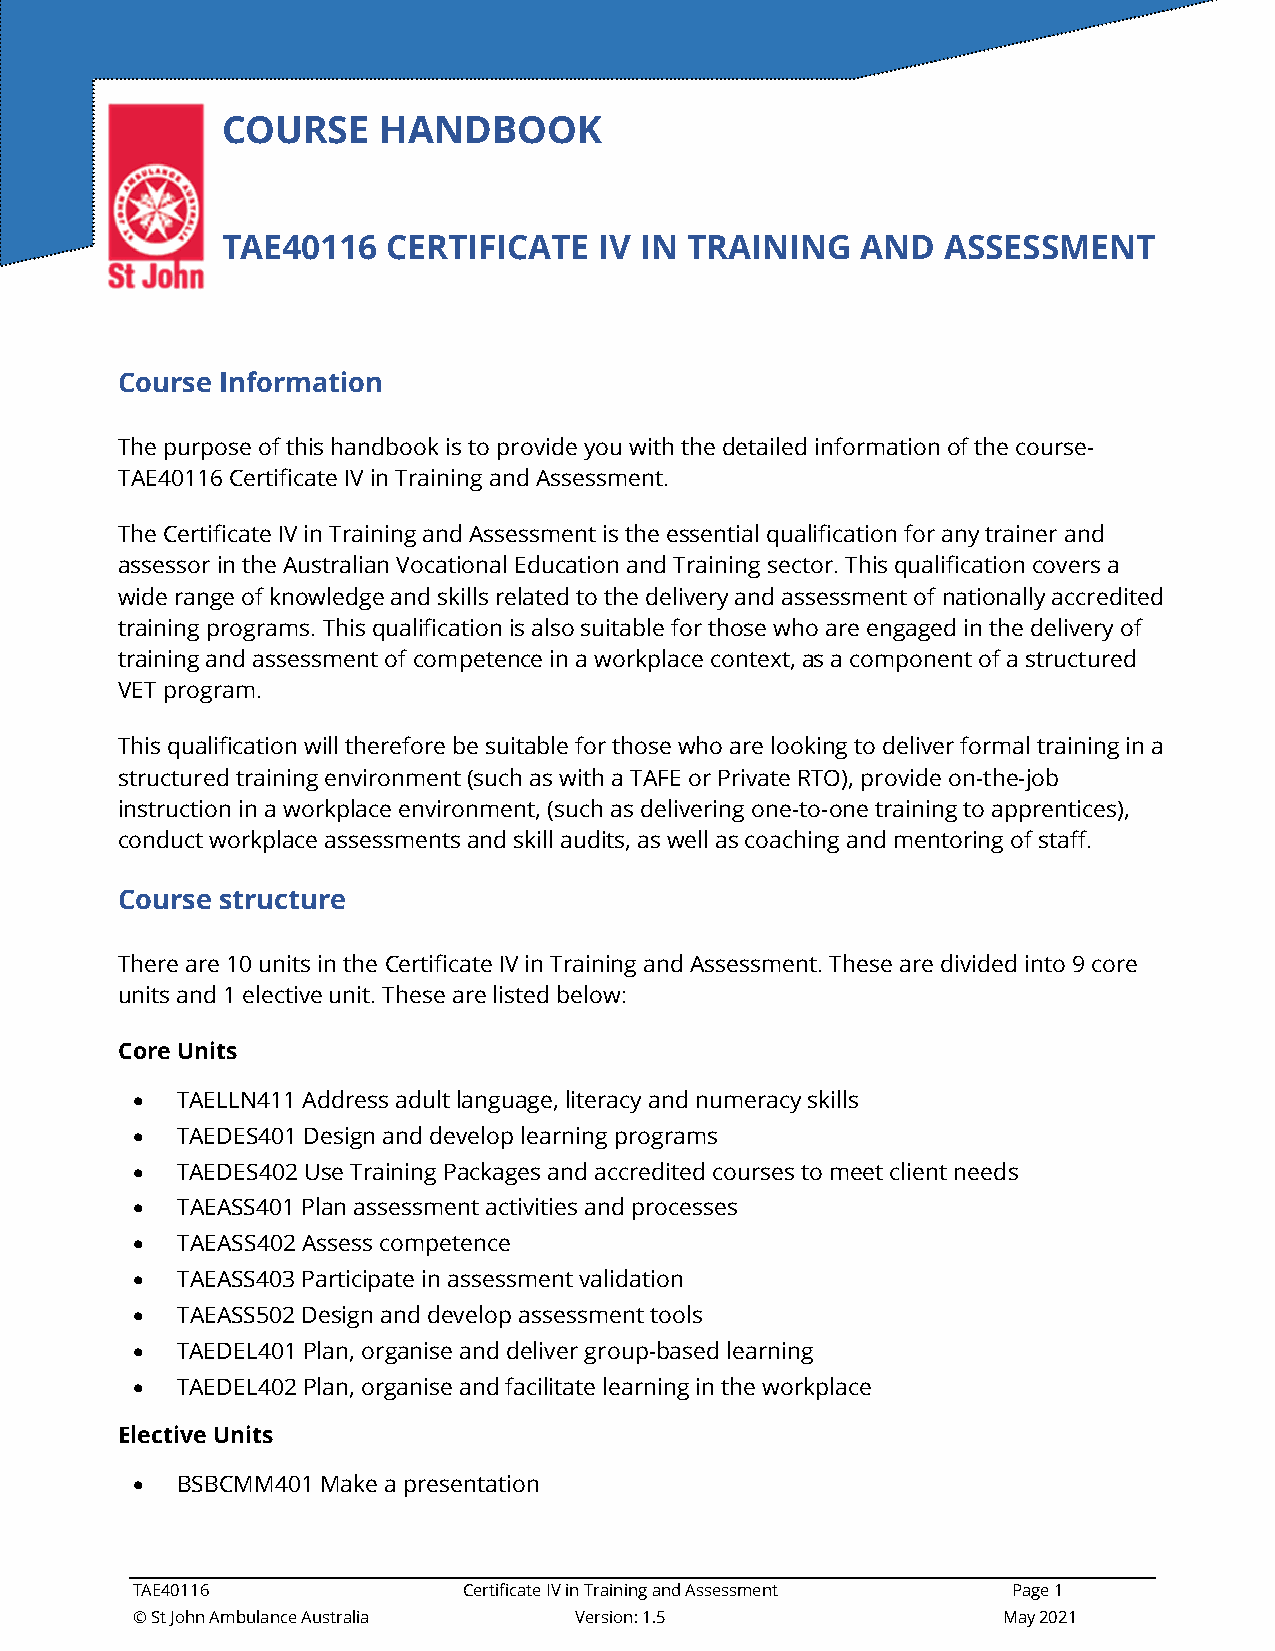
COURSE    HANDBOOK
 TAE40116   CERTIFICATE   IV IN TRAINING   AND  ASSESSMENT
 Course Information
 The purpose of this handbook is to provide you with the detailed information of the course-
 TAE40116 Certificate IV in Training and Assessment.
 The Certificate IV in Training and Assessment is the essential qualification for any trainer and
 assessor in the Australian Vocational Education and Training sector. This qualification covers a
 wide range of knowledge and skills related to the delivery and assessment of nationally accredited
 training programs. This qualification is also suitable for those who are engaged in the delivery of
 training and assessment of competence in a workplace context, as a component of a structured
 VET program.
 This qualification will therefore be suitable for those who are looking to deliver formal training in a
 structured training environment (such as with a TAFE or Private RTO), provide on-the-job
 instruction in a workplace environment, (such as delivering one-to-one training to apprentices),
 conduct workplace assessments and skill audits, as well as coaching and mentoring of staff.
 Course structure
 There are 10 units in the Certificate IV in Training and Assessment. These are divided into 9 core
 units and 1 elective unit. These are listed below:
 Core Units
 •  TAELLN411 Address adult language, literacy and numeracy skills
 •  TAEDES401 Design and develop learning programs
 •  TAEDES402 Use Training Packages and accredited courses to meet client needs
 •  TAEASS401 Plan assessment activities and processes
 •  TAEASS402 Assess competence
 •  TAEASS403 Participate in assessment validation
 •  TAEASS502 Design and develop assessment tools
 •  TAEDEL401 Plan, organise and deliver group-based learning
 •  TAEDEL402 Plan, organise and facilitate learning in the workplace
 Elective Units
 •  BSBCMM401 Make a presentation
 TAE40116              Certificate IV in Training and Assessment Page 1
 © St John Ambulance Australia Version: 1.5               May 2021